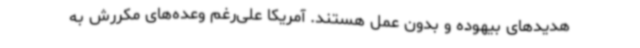
هدیدهای بیهوده و بدون عمل هستند. آمریکا علی‌رغم وعده‌های مکررش به